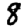
Digit: 8